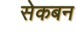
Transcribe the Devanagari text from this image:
सेकबन